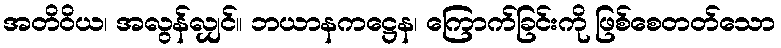
အတိဝိယ၊ အလွန်လျှင်။ ဘယာနကဋ္ဌေန၊ ကြောက်ခြင်းကို ဖြစ်စေတတ်သော